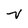
Character: v